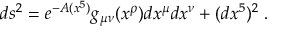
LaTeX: d s ^ { 2 } = e ^ { - A ( x ^ { 5 } ) } g _ { \mu \nu } ( x ^ { \rho } ) d x ^ { \mu } d x ^ { \nu } + ( d x ^ { 5 } ) ^ { 2 } \; .